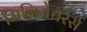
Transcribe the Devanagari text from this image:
मिनियेचरर्स